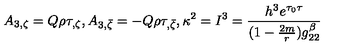
A _ { 3 , \zeta } = Q \rho \tau _ { , \zeta } , A _ { 3 , \bar { \zeta } } = - Q \rho \tau _ { , \bar { \zeta } } , \kappa ^ { 2 } = I ^ { 3 } = { \frac { h ^ { 3 } e ^ { \tau _ { 0 } \tau } } { ( 1 - { \frac { 2 m } { r } } ) g _ { 2 2 } ^ { \beta } } }